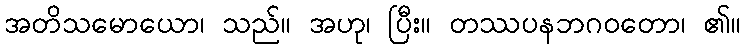
အတိသမောယော၊ သည်။ အဟု၊ ပြီး။ တဿပနဘဂဝတော၊ ၏။